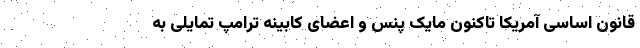
قانون اساسی آمریکا تاکنون مایک پنس و اعضای کابینه ترامپ تمایلی به